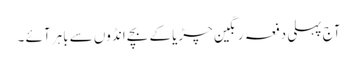
آج پہلی دفعہ رنگین چڑیا کے بچے انڈوں سے باہر آئے ۔